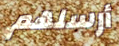
أرسلهم